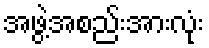
အဖွဲ့အစည်းအားလုံး